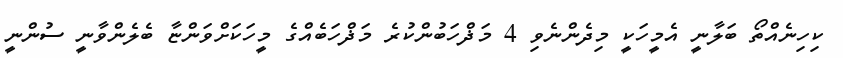
ކިހިނެއްތޯ ބަލާނީ އެމީހަކީ މިދެންނެވި 4 މަޛްހަބުންކުރެ މަޛްހަބެއްގެ މީހަކަށްވަންޏާ ބެލެންވާނީ ސުންނީ